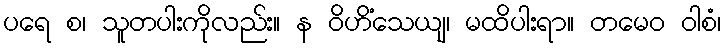
ပရေ စ၊ သူတပါးကိုလည်း။ န ဝိဟိံသေယျ၊ မထိပါးရာ။ တမေဝ ဝါစံ၊